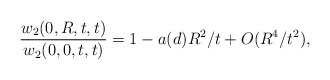
\begin{align*}\frac{w_2(0,R,t,t)}{w_2(0,0,t,t)} = 1 - a(d) R^2/t + O (R^4/t^2),\end{align*}